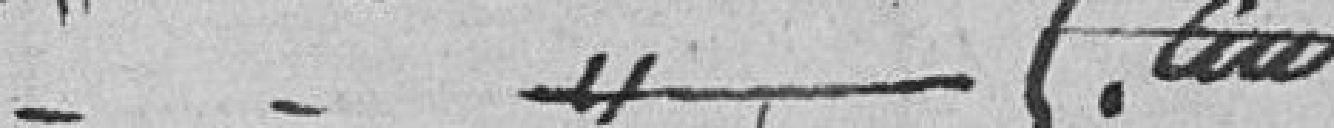
.........  5.00 cent